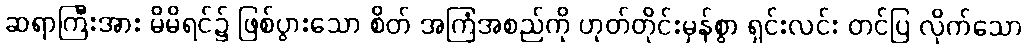
ဆရာကြီးအား မိမိရင်၌ ဖြစ်ပွားသော စိတ် အကြံအစည်ကို ဟုတ်တိုင်းမှန်စွာ ရှင်းလင်း တင်ပြ လိုက်သော